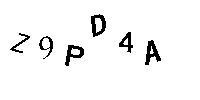
Z9PD4A